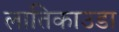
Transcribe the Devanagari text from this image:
लातिकाउडा